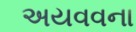
અયવવના